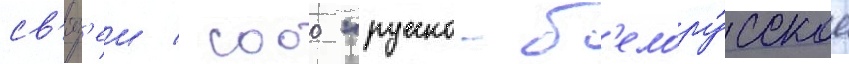
св'яз'еи / сооо "русско-б'елору́сское